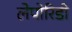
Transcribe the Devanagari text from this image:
लेपोरिडी